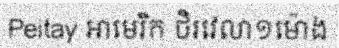
Peitay អាមេរិក ថិរវេលា១ម៉ោង